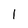
Character: l